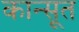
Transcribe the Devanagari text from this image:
कान्सूत